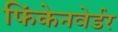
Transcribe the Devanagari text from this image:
फिंकेनवेर्डर